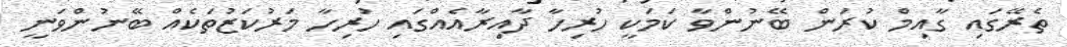
ތެރޭގައި ގާއިމް ކުރަން ބޭނުންވާ ކަމަކީ ހުރިހާ ދާއިރާއެއްގައި ހުރިހާ މަރުކަޒުތަކެއް ބޭނުންވަނީ